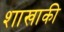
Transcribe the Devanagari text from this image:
शाखाकी